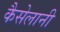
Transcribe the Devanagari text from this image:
कैसेलानी